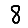
Digit: 8